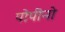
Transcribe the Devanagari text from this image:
पोपीनो